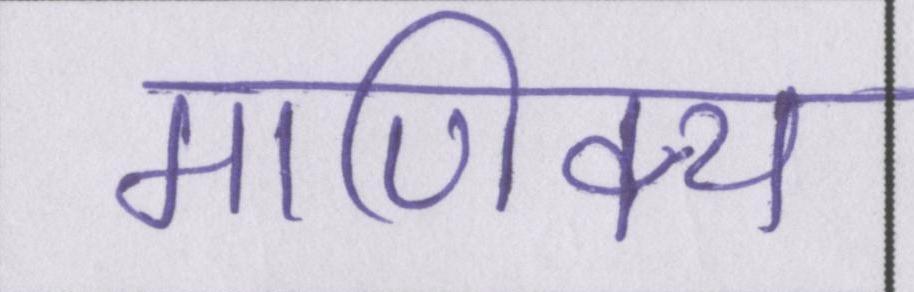
माणिक्य